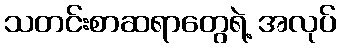
သတင်းစာဆရာတွေရဲ့ အလုပ်